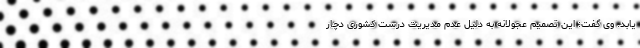
یابد. وی گفت: این تصمیم عجولانه به دلیل عدم مدیریت درست کشوری دچار